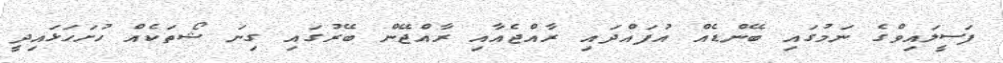
ފަސީލައިވްގެ ނަމުގައި ބޭންޑެއް އުފައްދައި ރާއްޖެއާއި ރާއްޖޭން ބޭރުގައި ގިނަ ޝޯތަކެއް ހުށަހަޅައިދީ